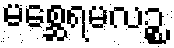
မစ္ဆေရမလဉ္စ